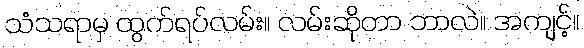
သံသရာမှ ထွက်ရပ်လမ်း။ လမ်းဆိုတာ ဘာလဲ။ အကျင့်။